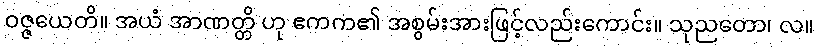
ဝဇ္ဇယေတိ။ အယံ အာဏတ္တိ ဟု ဧကက၏ အစွမ်းအားဖြင့်လည်းကောင်း။ သုညတော၊ လ။